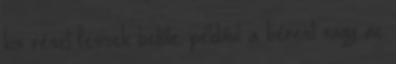
kis részt fessek belőle: például a bérest vagy az